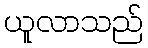
ယူလာသည်